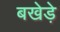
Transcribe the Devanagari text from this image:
बखेड़े